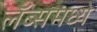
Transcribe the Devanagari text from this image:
लॅब्समध्ये